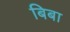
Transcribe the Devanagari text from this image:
बिबा